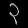
Digit: ၃